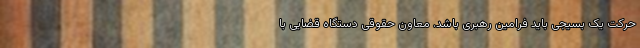
حرکت یک بسیجی باید فرامین رهبری باشد. معاون حقوقی دستگاه قضایی با